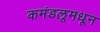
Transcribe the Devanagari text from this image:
कमंडलूमधून